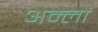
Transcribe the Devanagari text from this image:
अम्‍लों